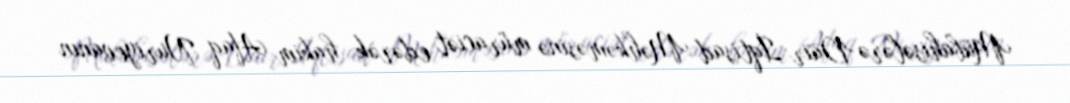
Mübahisələrə Dair İqtisad Məhkəməsinə müraciət edərək hakim Afaq Nuriyevanın